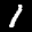
Label: 1